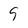
Character: 9